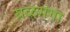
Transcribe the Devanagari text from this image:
यळगंगा